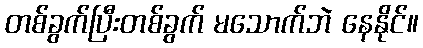
တစ်ခွက်ပြီးတစ်ခွက် မသောက်ဘဲ နေနိုင်။